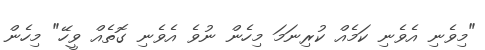
"މިވެނި އެވެނި ކަމެއް ކުރިނަމަ މިހެން ނުވެ އެވެނި ގޮތެއް ވީހޭ" މިހެން